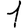
Digit: 1